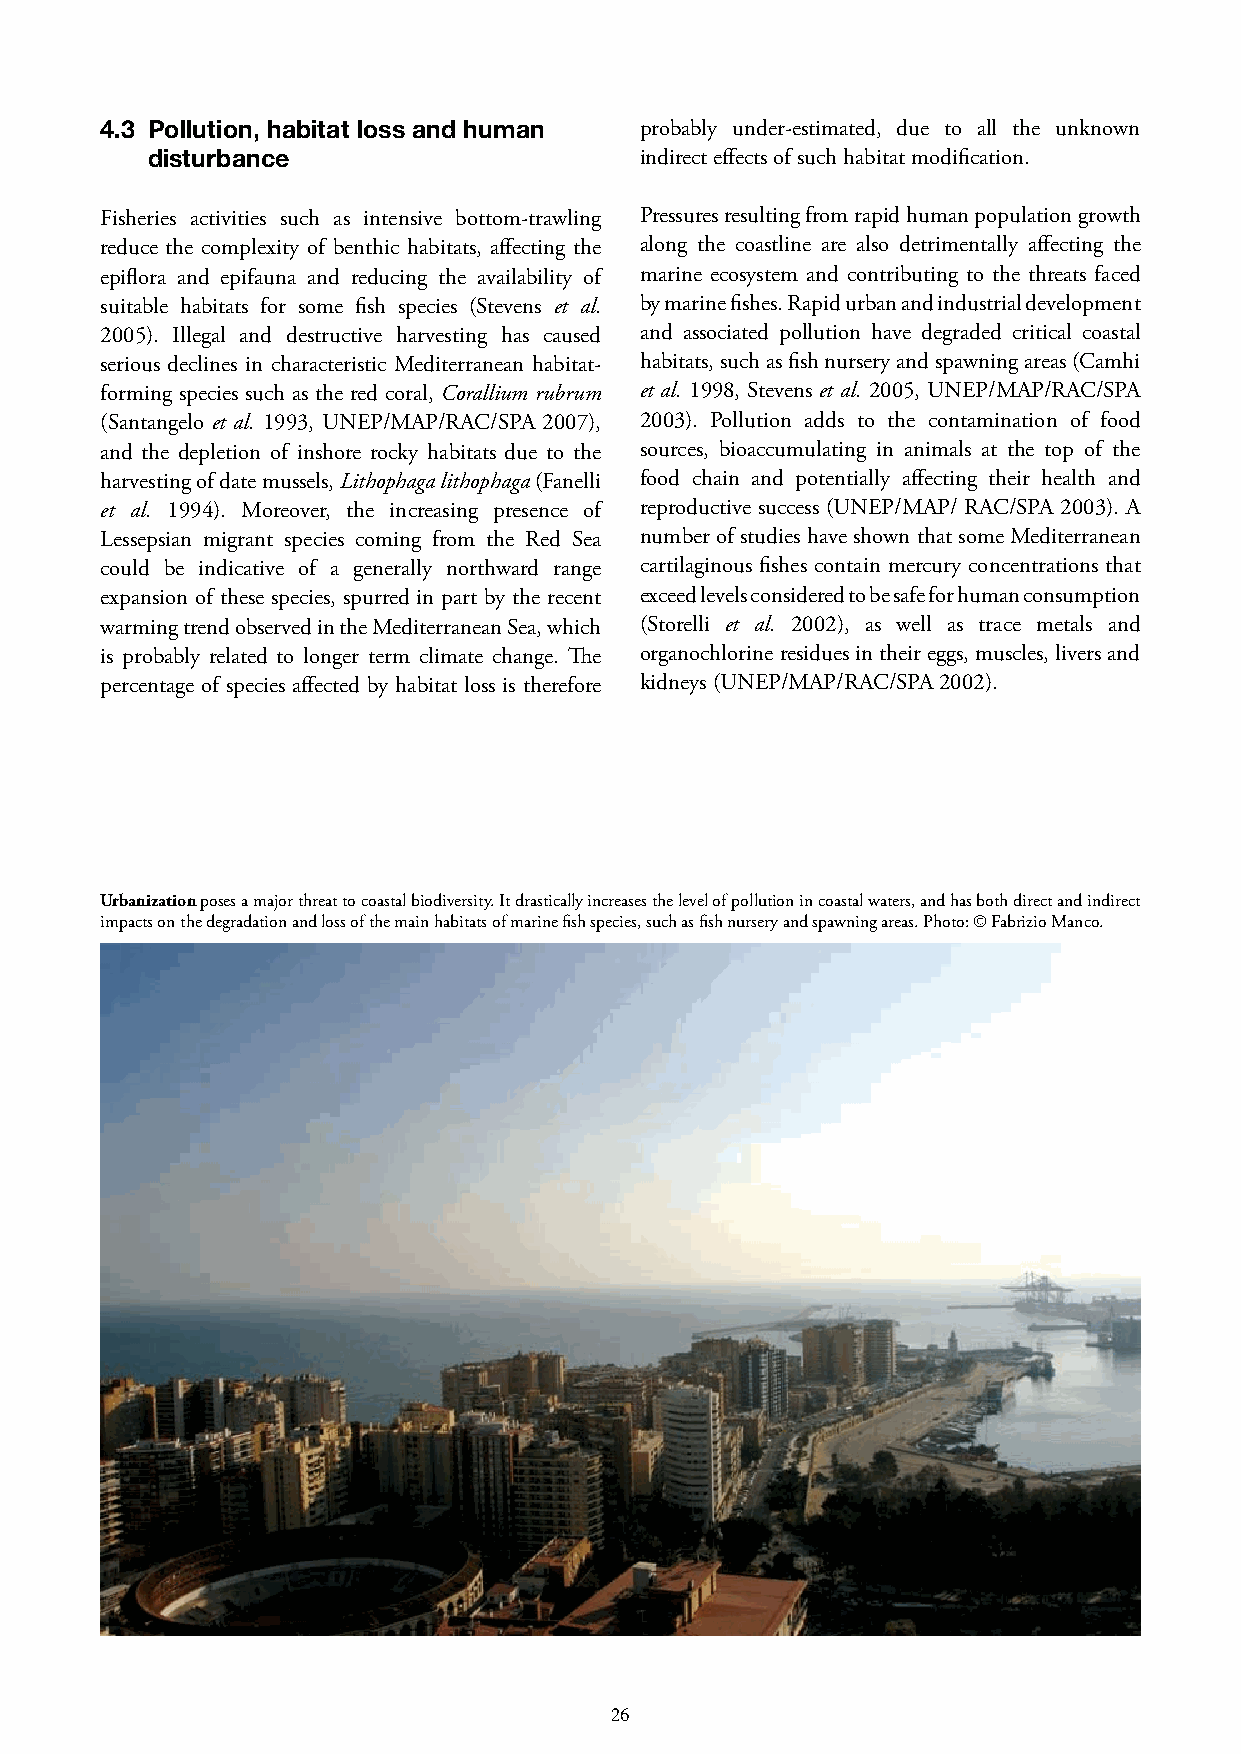
4.3 Pollution, habitat loss and human probably under-estimated, due to all the unknown
 disturbance                     indirect effects of such habitat modification.
 Fisheries activities such as intensive bottom-trawling Pressures resulting from rapid human population growth
 reduce the complexity of benthic habitats, affecting the along the coastline are also detrimentally affecting the
 epiflora and epifauna and reducing the availability of marine ecosystem and contributing to the threats faced
 suitable habitats for some fish species (Stevens et al. by marine fishes. Rapid urban and industrial development
 2005). Illegal and destructive harvesting has caused and associated pollution have degraded critical coastal
 serious declines in characteristic Mediterranean habitat- habitats, such as fish nursery and spawning areas (Camhi
 forming species such as the red coral, Corallium rubrum et al. 1998, Stevens et al. 2005, UNEP/MAP/RAC/SPA
 (Santangelo et al. 1993, UNEP/MAP/RAC/SPA 2007), 2003). Pollution adds to the contamination of food
 and the depletion of inshore rocky habitats due to the sources, bioaccumulating in animals at the top of the
 harvesting of date mussels, Lithophaga lithophaga (Fanelli food chain and potentially affecting their health and
 et al. 1994). Moreover, the increasing presence of reproductive success (UNEP/MAP/ RAC/SPA 2003). A
 Lessepsian migrant species coming from the Red Sea number of studies have shown that some Mediterranean
 could be indicative of a generally northward range cartilaginous fishes contain mercury concentrations that
 expansion of these species, spurred in part by the recent exceed levels considered to be safe for human consumption
 warming trend observed in the Mediterranean Sea, which (Storelli et al. 2002), as well as trace metals and
 is probably related to longer term climate change. The organochlorine residues in their eggs, muscles, livers and
 percentage of species affected by habitat loss is therefore kidneys (UNEP/MAP/RAC/SPA 2002).
 Urbanization poses a major threat to coastal biodiversity. It drastically increases the level of pollution in coastal waters, and has both direct and indirect
 impacts on the degradation and loss of the main habitats of marine fish species, such as fish nursery and spawning areas. Photo: © Fabrizio Manco.
 25                                      26